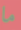
ما